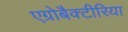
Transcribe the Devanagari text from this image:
एग्रोबैक्टीरिया